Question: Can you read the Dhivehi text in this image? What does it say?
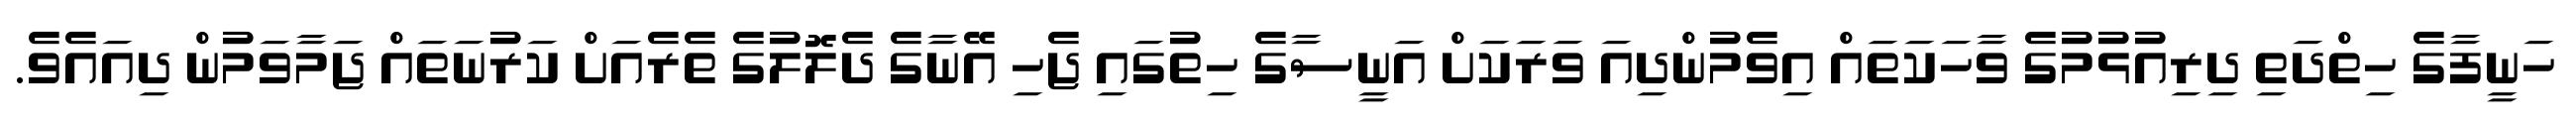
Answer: ހަނީފާގެ ހިތްދަތި ދިރިއުޅުމުގެ ވާހަކަތައް އިވެމުންދިއަ ވަރަކަށް އަނީސާގެ ހިތުގައި ޖެހި އޭނާގެ ދެލޮލުގެ ތެރެއަށް ކަރުނަތައް ޖަމާވަމުން ދިއައެވެ.